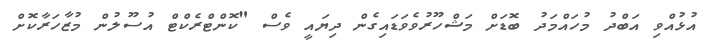
އުޅުއްވި އަބްދު މުހައްމަދު ބޮޑަށް މަޝްހޫރުވެވަޑައިގެން ދިޔައީ ވެސް "ކޮންޓްރެކްޓް އުސޫލުން މުޒާހަރާކޮށް